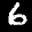
Label: 6